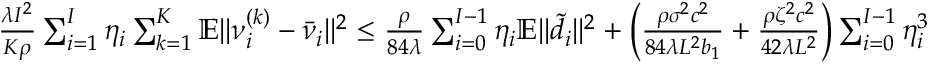
\begin{array} { r } { \frac { \lambda I ^ { 2 } } { K \rho } \sum _ { i = 1 } ^ { I } \eta _ { i } \sum _ { k = 1 } ^ { K } \mathbb { E } \| \nu _ { i } ^ { ( k ) } - \bar { \nu } _ { i } \| ^ { 2 } \leq \frac { \rho } { 8 4 \lambda } \sum _ { i = 0 } ^ { I - 1 } \eta _ { i } \mathbb { E } \| \tilde { d } _ { i } \| ^ { 2 } + \bigg ( \frac { \rho \sigma ^ { 2 } c ^ { 2 } } { 8 4 \lambda L ^ { 2 } b _ { 1 } } + \frac { \rho \zeta ^ { 2 } c ^ { 2 } } { 4 2 \lambda L ^ { 2 } } \bigg ) \sum _ { i = 0 } ^ { I - 1 } \eta _ { i } ^ { 3 } } \end{array}